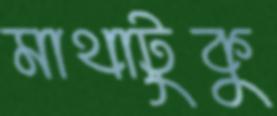
মাথাটুকু